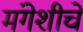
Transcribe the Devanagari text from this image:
मंगेशीचे